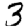
Digit: 3